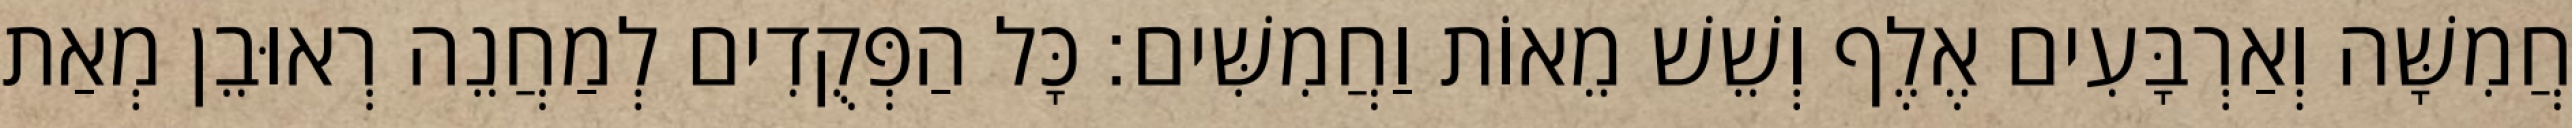
חֲמִשָּׁה וְאַרְבָּעִים אֶלֶף וְשֵׁשׁ מֵאוֹת וַחֲמִשִּׁים׃ כָּל הַפְּקֻדִים לְמַחֲנֵה רְאוּבֵן מְאַת